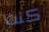
كنت